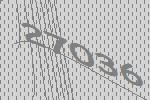
27036